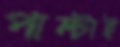
পাল্টাই